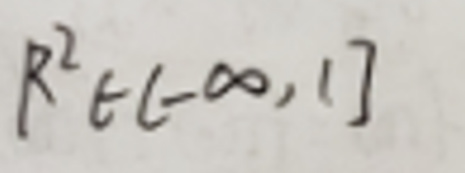
\(\mathbb{R}^{2} \in (-\infty, 1]\)